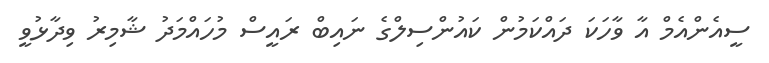
ސީއެންއެމް އާ ވާހަކަ ދައްކަމުން ކައުންސިލްގެ ނައިބް ރައީސް މުހައްމަދު ޝާމިރު ވިދާޅުވީ